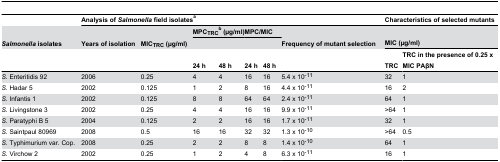
|  | <COLSPAN=7> Analysis of Salmonella field isolatesa | <COLSPAN=2> Characteristics of selected mutants |
 | Salmonella isolates | Years of isolation | MICTRC (μg/ml) | <COLSPAN=2> MPCTRCb (μg/ml) | <COLSPAN=2> MPC/MIC | Frequency of mutant selection | <COLSPAN=2> MIC (μg/ml) |
 |  |  |  | 24 h | 48 h | 24 h | 48 h |  | TRC | TRC in the presence of 0.25 x MIC PAβN |
 | --- | --- | --- | --- | --- | --- | --- | --- | --- | --- |
 | S. Enteritidis 92 | 2006 | 0.25 | 4 | 4 | 16 | 16 | 5.4 x 10-11 | 32 | 1 |
 | S. Hadar 5 | 2002 | 0.125 | 1 | 2 | 8 | 16 | 4.4 x 10-11 | 16 | 2 |
 | S. Infantis 1 | 2002 | 0.125 | 8 | 8 | 64 | 64 | 2.4 x 10-11 | 64 | 1 |
 | S. Livingstone 3 | 2002 | 0.25 | 4 | 4 | 16 | 16 | 9.9 x 10-11 | >64 | 1 |
 | S. Paratyphi B 5 | 2004 | 0.125 | 2 | 2 | 16 | 16 | 1.7 x 10-11 | 32 | 1 |
 | S. Saintpaul 80969 | 2008 | 0.5 | 16 | 16 | 32 | 32 | 1.3 x 10-10 | >64 | 0.5 |
 | S. Typhimurium var. Cop. | 2008 | 0.25 | 2 | 2 | 8 | 8 | 1.4 x 10-10 | 64 | 1 |
 | S. Virchow 2 | 2002 | 0.25 | 1 | 2 | 4 | 8 | 6.3 x 10-11 | 16 | 1 |